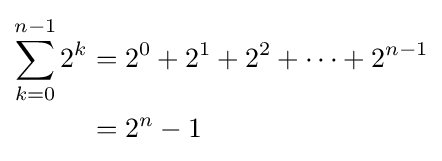
{\begin{aligned}\sum _{k=0}^{n-1}2^{k}&=2^{0}+2^{1}+2^{2}+\cdots +2^{n-1}\\&=2^{n}-1\end{aligned}}